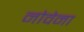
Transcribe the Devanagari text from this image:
नोवेना